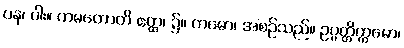
ပန၊ ပါး။ ကမတောတိ ဧတ္ထ၊ ၌။ ကမော၊ အစဉ်သည်။ ဥပ္ပတ္တိက္ကမော၊